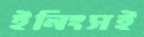
ইনিংসই